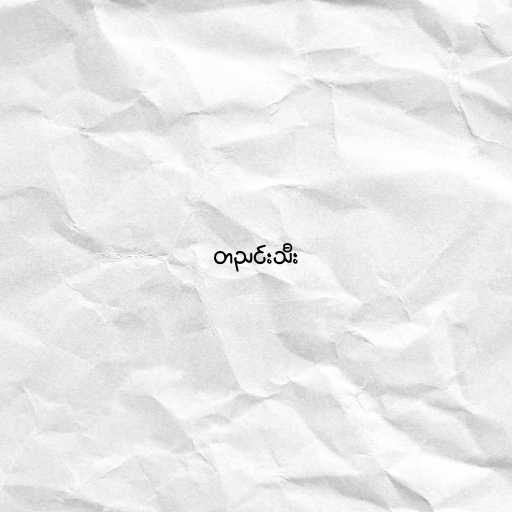
တညင်းသီး